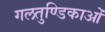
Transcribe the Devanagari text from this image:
गलतुण्डिकाओं